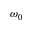
\omega _ { 0 }